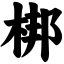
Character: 梆